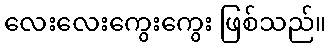
လေးလေးကွေးကွေး ဖြစ်သည်။